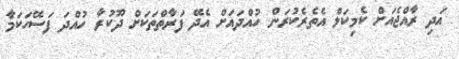
އަދި ރާއްޖެއަށް ކެމިކަލް އެތެރެކުރަން ހުއްދައަށް އެދޭ ފަރާތްތަކަށް ދޫކުރާ ހުއްދަ ފަސޭހަކަމާ